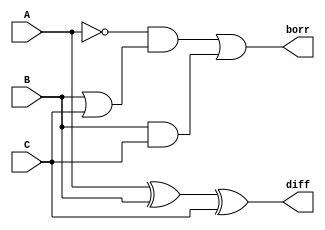
//dataflow modelling for Full Subtractor

module exp_df(diff, borr, A, B, C);
input A, B, C; output diff, borr;
assign diff = A^B^C;
assign borr = (((~A)&(B|C)) | (B&C));
endmodule